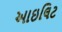
આઇલિટ